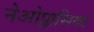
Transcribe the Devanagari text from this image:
नेओप्लासिया